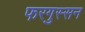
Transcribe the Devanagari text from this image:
फरगुस्सन